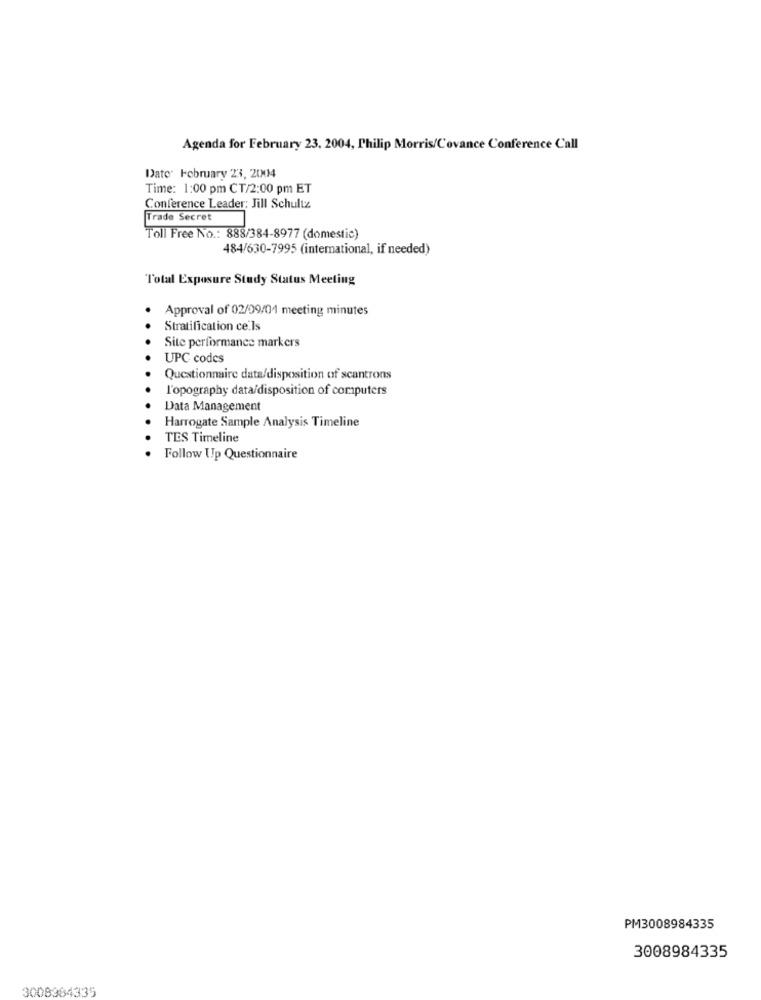
Agenda for February 23, 2004, Philip Morris/Covance Conference Call
Date: February 23, 2004
Time: 1:00 pm CT/2:00 pm ET
Conference Leader; Jill Schultz
Trade Secret
Toll Free No .: 888/384-8977 (domestic)
484/630-7995 (international, if needed)
Total Exposure Study Status Meeting
Approval of 02/09/01 meeting minutes
Stratification cells
Site performance markers
UPC codes
Questionnaire data/disposition of scantrons
l'opography data/disposition of computers
Data Management
Harrogate Sample Analysis Timeline
TES Timeline
Follow Up Questionnaire
PM3008984335
3008984335
3008984335